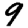
Digit: 9